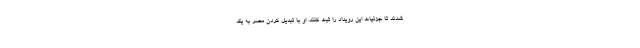
شدند تا جزئیات این رویداد را ثبت کنند. او با تبدیل کردن مصر به یک